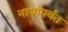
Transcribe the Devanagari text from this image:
नाथांपर्यंत